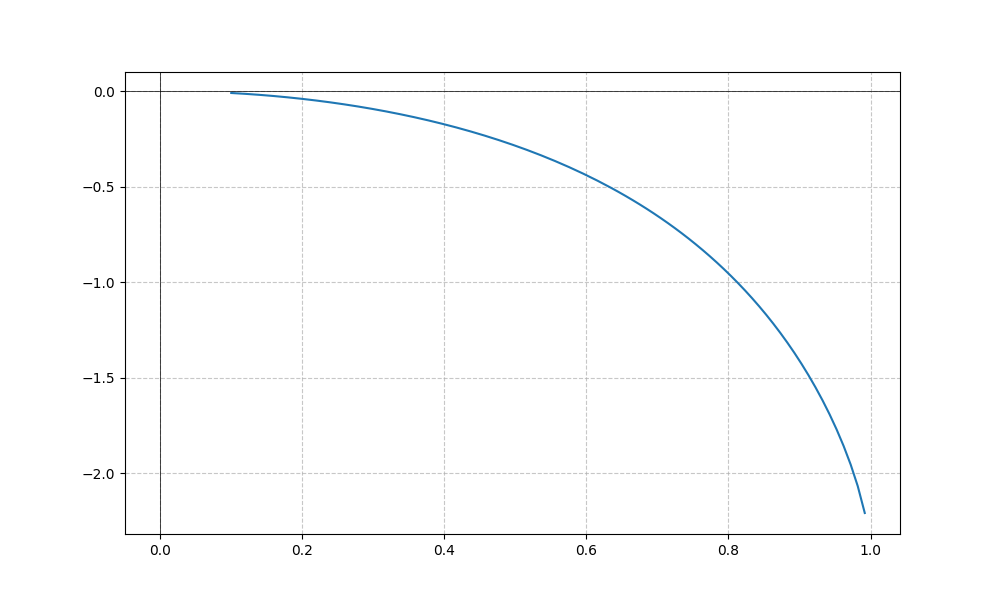
LaTeX formula: - \tan{\left(x \right)} \operatorname{asin}{\left(x \right)}